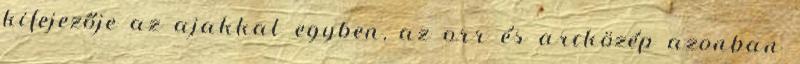
kifejezője az ajakkal egyben, az orr és arcközép azonban